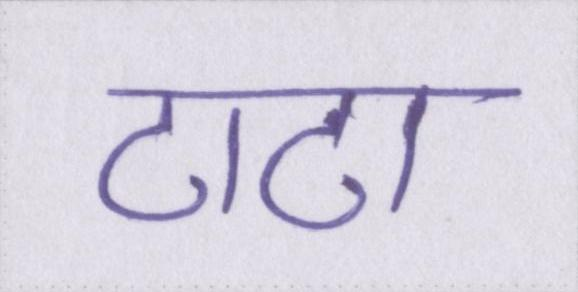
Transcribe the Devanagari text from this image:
टाटा